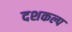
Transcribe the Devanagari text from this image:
दशकल्प